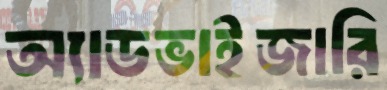
অ্যাডভাইজারি